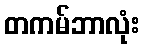
တကမ်ဘာလုံး